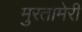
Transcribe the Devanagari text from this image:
मुरतामेरी